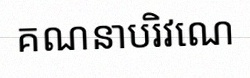
គណនាបរិវេណ